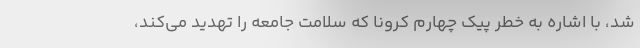
شد، با اشاره به خطر پیک چهارم کرونا که سلامت جامعه را تهدید می‌کند،